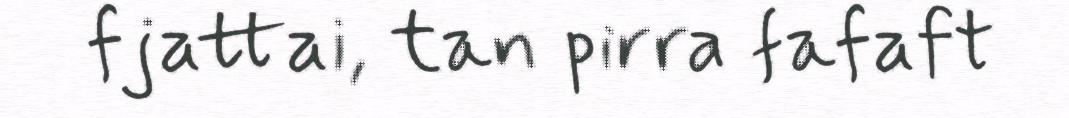
fjattai, tan pirra fafaft